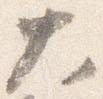
大